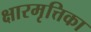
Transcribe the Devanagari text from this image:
क्षारमृत्तिका